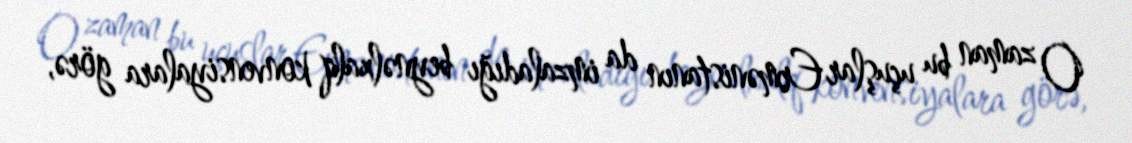
O zaman bu uçuşlar Ermənistanın da imzaladığı beynəlxalq konvensiyalara görə,